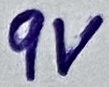
Text: 9V